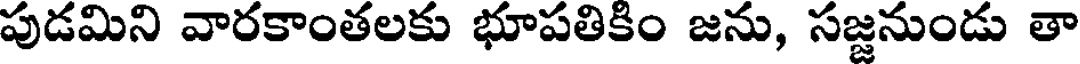
పుడమిని వారకాంతలకు భూపతికిం జను, సజ్జనుండు తా